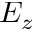
E _ { z }